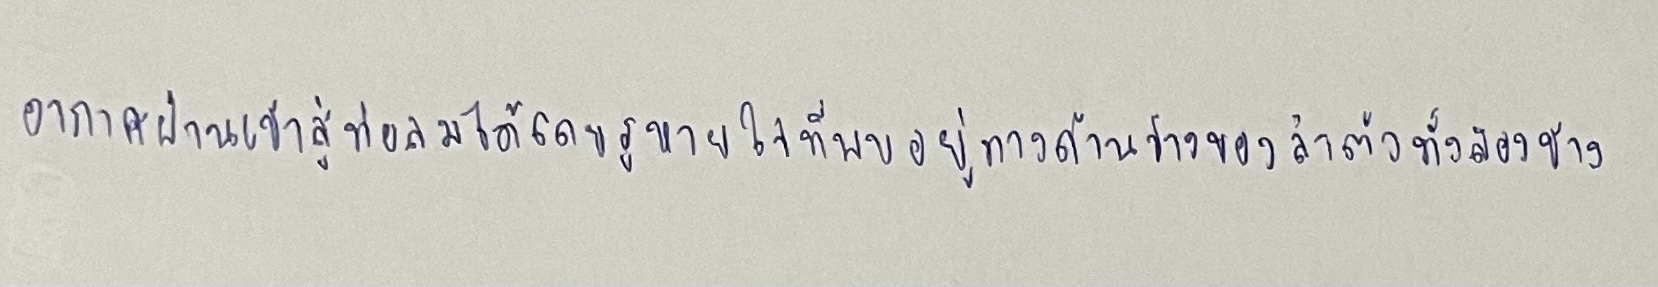
อากาศผ่านเข้าสู่ท่อลมได้โดยรูหายใจที่พบอยู่ทางด้านข้างของลำตัวทั้งสองข้าง